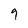
Character: 9